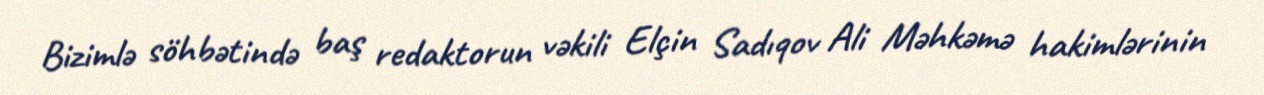
Bizimlə söhbətində baş redaktorun vəkili Elçin Sadıqov Ali Məhkəmə hakimlərinin